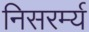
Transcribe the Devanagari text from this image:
निसरर्म्य